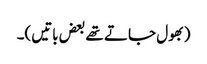
(بھول جاتے تھے بعض باتیں)۔